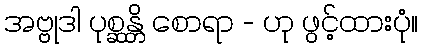
အဗ္ဗုဒါ ပုစ္ဆန္တိ စောရာ - ဟု ဖွင့်ထားပုံ။